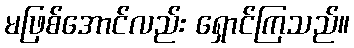
မဖြစ်အောင်လည်း ရှောင်ကြသည်။